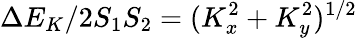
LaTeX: \Delta E_{K}/2S_{1}S_{2}=(K_{x}^{2}+K_{y}^{2})^{1/2}